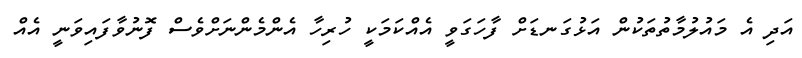
އަދި އެ މައުލުމާތުތަކުން އަޅުގަނޑަށް ފާހަގަވީ އެއްކަމަކީ ހުރިހާ އެންމެންނަށްވެސް ފޮނުވާފައިވަނީ އެއް